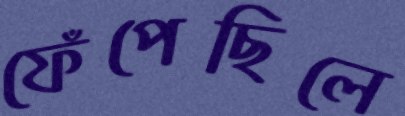
ফেঁপেছিলে